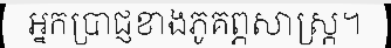
អ្នកប្រាជ្ញខាងភូគព្ភសាស្ត្រ។